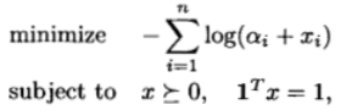
\begin{align*}
\operatorname{minimize} \quad & -\sum_{i=1}^{n} \log(\alpha_i + x_i) \\
\text{subject to} \quad & x \geq 0, \quad \mathbf{1}^T x = 1,
\end{align*}